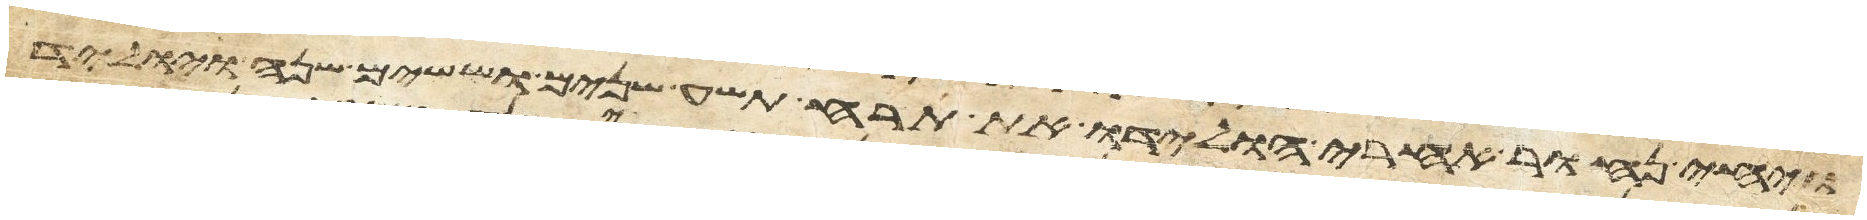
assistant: ויחי נחור אחרי הולידו את תרח תשע שנים וששים שנה ויוליד